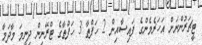
ޓީޗަރުންނަށް އަހަރެމެންގެ ފައިސާއިން 2 ހަފްތާ 3 ހަފްތާގެ ޓްރޭނިން ދިނީމަ މާދަމާ